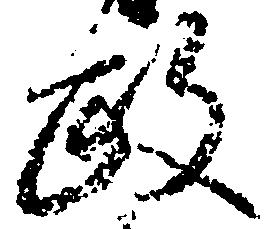
政